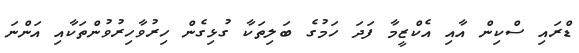
ޑްރައި ސްކިން އާއި އެކްޒީމާ ފަދަ ހަމުގެ ބަލިތަކާ ގުޅިގެން ހިރުވާހިރުވުންތަކާއި އަންނަ